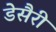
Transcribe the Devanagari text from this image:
डेसैरी